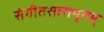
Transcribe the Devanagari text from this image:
संगीतसारामृतम्